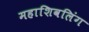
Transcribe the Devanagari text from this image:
महाशिवलिंग